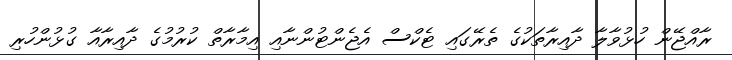
ރާއްޖޭން ހުޅުވާލާ ދާއިރާތަކުގެ ތެރޭގައި ޓެކްސް އެޖެންޓުންނާއި އިމާރާތް ކުރުމުގެ ދާއިރާއާ ގުޅުންހުރި